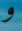
و